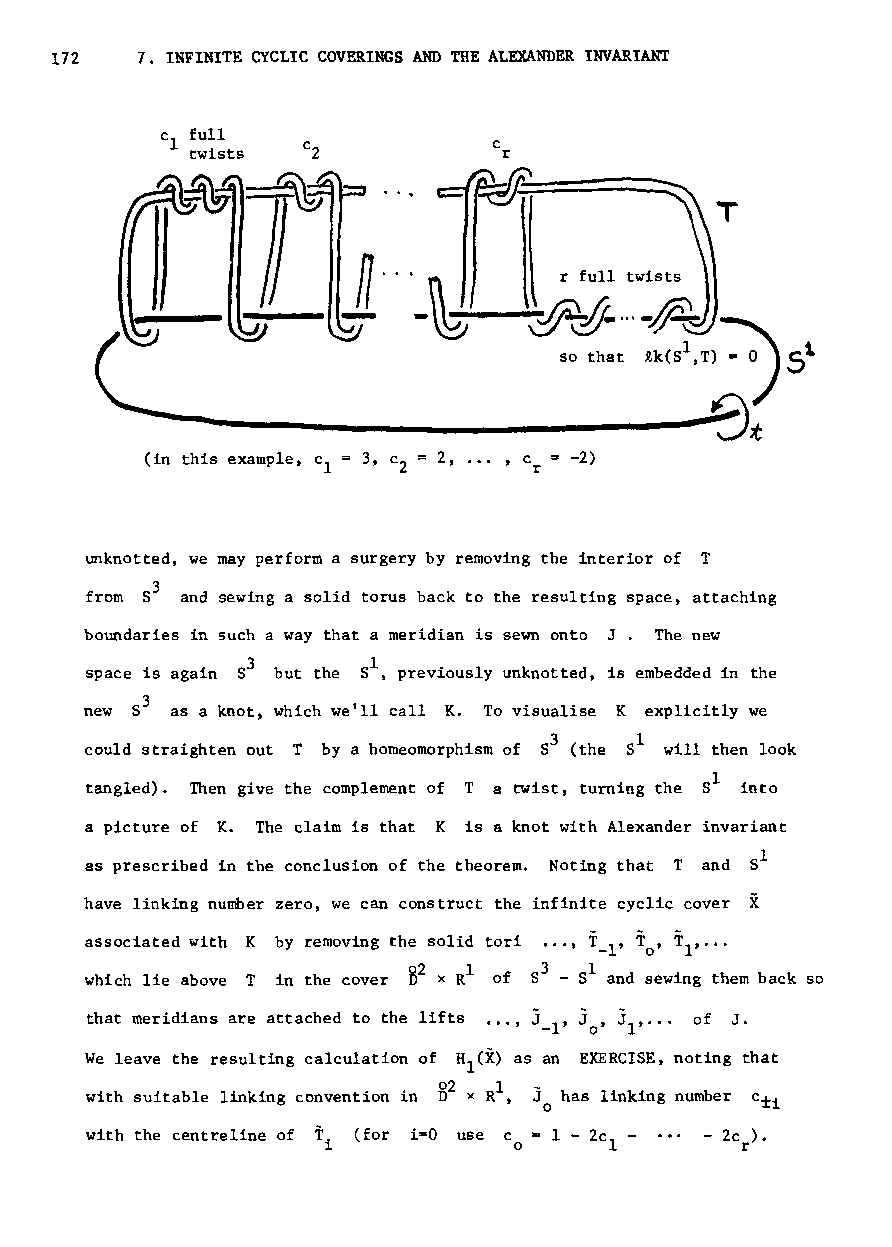
172   7. INFINITE CYCLIC COVERINGS AND THE ALEXANDER INVARIANT
 c full
 1                     c
 twists              r
 ...
 (in this example, c 2, .•. , c = -2)
 1             r
 unknotted, we may perform a surgery by removing the interior of T
 from S3 and sewing a solid torus back to the resulting space, attaching
 boundaries in such a way that a meridian is sewn onto J. The new
 space is again S3 but the 51, previously unknotted, is embedded in the
 new  as a knot, which we'll call K. To visualise K explicitly we
 could straighten out T by a homeomorphism of 53 (the 51 will then look
 tangled). Then give the complement of T a twist, turning the Sl into
 a picture of K. The claim is that K is a knot with Alexander invariant
 as prescribed in the conclusion of the theorem. Noting that T and 51
 have linking number zero, we can construct the infinite cyclic cover X
 associated with K by removing the solid tori ••., T_ , To' T ,···
 l    I
 B2  1    3  1
 which lie above T in the cover x R of S - 5 and sewing them back so
 that meridians are attached to the lifts •••, j-l' J ' J ,..• of J.
 o  1
 We leave the resulting calculation of H (X) as an EXERCISE, noting that
 1
 l
 with suitable linking convention in B2 x R , J o has linking number c±i
 with the centreline of T (for i=O use Co = 1 - 2c -
 i                 1